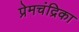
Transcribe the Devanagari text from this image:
प्रेमचंद्रिका